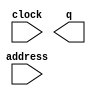
// megafunction wizard: %ROM: 1-PORT%VBB%
// GENERATION: STANDARD
// VERSION: WM1.0
// MODULE: altsyncram 

// ============================================================
// Megafunction Name(s):
// 			altsyncram
//
// Simulation Library Files(s):
// 			altera_mf
// ============================================================
// ************************************************************
// THIS IS A WIZARD-GENERATED FILE. DO NOT EDIT THIS FILE!
//
// 18.1.0 Build 625 09/12/2018 SJ Lite Edition
// ************************************************************

//Copyright (C) 2018  Intel Corporation. All rights reserved.
//Your use of Intel Corporation's design tools, logic functions 
//and other software and tools, and its AMPP partner logic 
//functions, and any output files from any of the foregoing 
//(including device programming or simulation files), and any 
//associated documentation or information are expressly subject 
//to the terms and conditions of the Intel Program License 
//Subscription Agreement, the Intel Quartus Prime License Agreement,
//the Intel FPGA IP License Agreement, or other applicable license
//agreement, including, without limitation, that your use is for
//the sole purpose of programming logic devices manufactured by
//Intel and sold by Intel or its authorized distributors.  Please
//refer to the applicable agreement for further details.

module cave_rom (
	address,
	clock,
	q);

	input	[16:0]  address;
	input	  clock;
	output	[5:0]  q;
`ifndef ALTERA_RESERVED_QIS
// synopsys translate_off
`endif
	tri1	  clock;
`ifndef ALTERA_RESERVED_QIS
// synopsys translate_on
`endif

endmodule

// ============================================================
// CNX file retrieval info
// ============================================================
// Retrieval info: PRIVATE: ADDRESSSTALL_A NUMERIC "0"
// Retrieval info: PRIVATE: AclrAddr NUMERIC "0"
// Retrieval info: PRIVATE: AclrByte NUMERIC "0"
// Retrieval info: PRIVATE: AclrOutput NUMERIC "0"
// Retrieval info: PRIVATE: BYTE_ENABLE NUMERIC "0"
// Retrieval info: PRIVATE: BYTE_SIZE NUMERIC "8"
// Retrieval info: PRIVATE: BlankMemory NUMERIC "0"
// Retrieval info: PRIVATE: CLOCK_ENABLE_INPUT_A NUMERIC "0"
// Retrieval info: PRIVATE: CLOCK_ENABLE_OUTPUT_A NUMERIC "0"
// Retrieval info: PRIVATE: Clken NUMERIC "0"
// Retrieval info: PRIVATE: IMPLEMENT_IN_LES NUMERIC "0"
// Retrieval info: PRIVATE: INIT_FILE_LAYOUT STRING "PORT_A"
// Retrieval info: PRIVATE: INIT_TO_SIM_X NUMERIC "0"
// Retrieval info: PRIVATE: INTENDED_DEVICE_FAMILY STRING "Cyclone V"
// Retrieval info: PRIVATE: JTAG_ENABLED NUMERIC "0"
// Retrieval info: PRIVATE: JTAG_ID STRING "NONE"
// Retrieval info: PRIVATE: MAXIMUM_DEPTH NUMERIC "0"
// Retrieval info: PRIVATE: MIFfilename STRING "./Backgrounds/mif/Cave/cave2bit.mif"
// Retrieval info: PRIVATE: NUMWORDS_A NUMERIC "76800"
// Retrieval info: PRIVATE: RAM_BLOCK_TYPE NUMERIC "0"
// Retrieval info: PRIVATE: RegAddr NUMERIC "1"
// Retrieval info: PRIVATE: RegOutput NUMERIC "0"
// Retrieval info: PRIVATE: SYNTH_WRAPPER_GEN_POSTFIX STRING "0"
// Retrieval info: PRIVATE: SingleClock NUMERIC "1"
// Retrieval info: PRIVATE: UseDQRAM NUMERIC "0"
// Retrieval info: PRIVATE: WidthAddr NUMERIC "17"
// Retrieval info: PRIVATE: WidthData NUMERIC "6"
// Retrieval info: PRIVATE: rden NUMERIC "0"
// Retrieval info: LIBRARY: altera_mf altera_mf.altera_mf_components.all
// Retrieval info: CONSTANT: ADDRESS_ACLR_A STRING "NONE"
// Retrieval info: CONSTANT: CLOCK_ENABLE_INPUT_A STRING "BYPASS"
// Retrieval info: CONSTANT: CLOCK_ENABLE_OUTPUT_A STRING "BYPASS"
// Retrieval info: CONSTANT: INIT_FILE STRING "./Backgrounds/mif/Cave/cave2bit.mif"
// Retrieval info: CONSTANT: INTENDED_DEVICE_FAMILY STRING "Cyclone V"
// Retrieval info: CONSTANT: LPM_HINT STRING "ENABLE_RUNTIME_MOD=NO"
// Retrieval info: CONSTANT: LPM_TYPE STRING "altsyncram"
// Retrieval info: CONSTANT: NUMWORDS_A NUMERIC "76800"
// Retrieval info: CONSTANT: OPERATION_MODE STRING "ROM"
// Retrieval info: CONSTANT: OUTDATA_ACLR_A STRING "NONE"
// Retrieval info: CONSTANT: OUTDATA_REG_A STRING "UNREGISTERED"
// Retrieval info: CONSTANT: WIDTHAD_A NUMERIC "17"
// Retrieval info: CONSTANT: WIDTH_A NUMERIC "6"
// Retrieval info: CONSTANT: WIDTH_BYTEENA_A NUMERIC "1"
// Retrieval info: USED_PORT: address 0 0 17 0 INPUT NODEFVAL "address[16..0]"
// Retrieval info: USED_PORT: clock 0 0 0 0 INPUT VCC "clock"
// Retrieval info: USED_PORT: q 0 0 6 0 OUTPUT NODEFVAL "q[5..0]"
// Retrieval info: CONNECT: @address_a 0 0 17 0 address 0 0 17 0
// Retrieval info: CONNECT: @clock0 0 0 0 0 clock 0 0 0 0
// Retrieval info: CONNECT: q 0 0 6 0 @q_a 0 0 6 0
// Retrieval info: GEN_FILE: TYPE_NORMAL cave_rom.v TRUE
// Retrieval info: GEN_FILE: TYPE_NORMAL cave_rom.inc TRUE
// Retrieval info: GEN_FILE: TYPE_NORMAL cave_rom.cmp TRUE
// Retrieval info: GEN_FILE: TYPE_NORMAL cave_rom.bsf TRUE
// Retrieval info: GEN_FILE: TYPE_NORMAL cave_rom_inst.v TRUE
// Retrieval info: GEN_FILE: TYPE_NORMAL cave_rom_bb.v TRUE
// Retrieval info: LIB_FILE: altera_mf